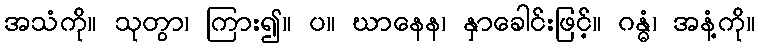
အသံကို။ သုတွာ၊ ကြား၍။ ပ။ ဃာနေန၊ နှာခေါင်းဖြင့်။ ဂန္ဓံ၊ အနံ့ကို။